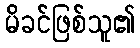
မိခင်ဖြစ်သူ၏